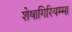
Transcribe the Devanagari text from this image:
शेषागिरियम्मा